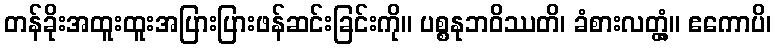
တန်ခိုးအထူးထူးအပြားပြားဖန်ဆင်းခြင်းကို။ ပစ္စနုဘဝိဿတိ၊ ခံစားလတ္တံ့။ ဧကောပိ၊